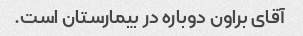
آقای براون دوباره در بیمارستان است.